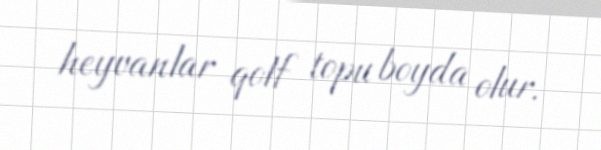
heyvanlar qolf topu boyda olur.